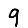
Digit: 9